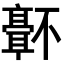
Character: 𬴜